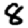
Digit: 8